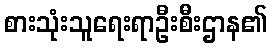
စားသုံးသူရေးရာဦးစီးဌာန၏